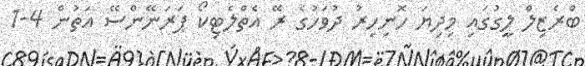
ބްރެޒިލް ލީގުގައި މިދިޔަ ހޮނިހިރު ދުވަހުގެ ރޭ އެތްލެޓިކޯ ޕަރަނޭންސޭ އަތުން 4-1